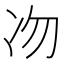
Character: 𠖳